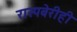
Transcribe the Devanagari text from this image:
रास्पबेरीही